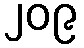
၂၀၉